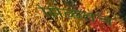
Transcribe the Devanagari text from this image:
मिळतेच